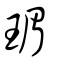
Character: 瑂